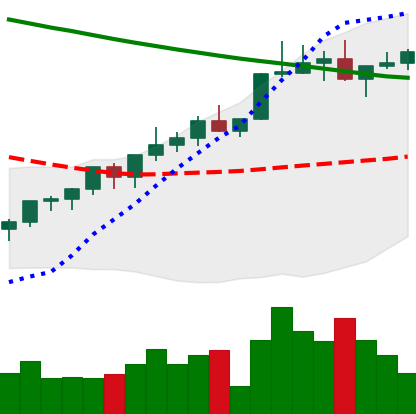
Ticker: XLM-USD
Chart end date: 2022-04-03
Forward return: -14.9%
Label: down_7plus